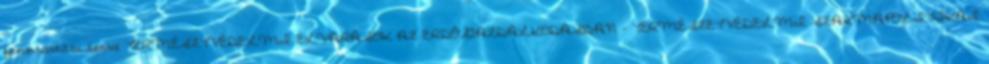
fenntartási terve TERMÉSZTVÉDELMI ELVÁRÁSOK AZ ERDŐGAZDÁLKODÁSBAN - TERMÉSZETVÉDELMI SZAKMAPOLITIKAI